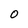
Character: O